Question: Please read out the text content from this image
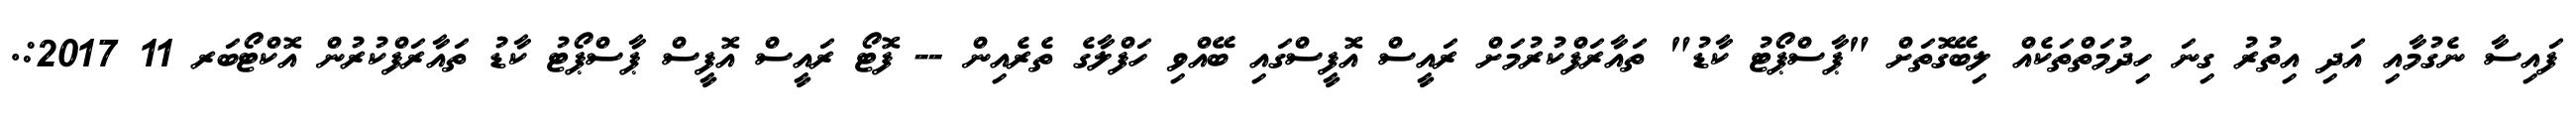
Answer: ފައިސާ ނެގުމާއި އަދި އިތުރު ގިނަ ހިދުމަތްތަކެއް ލިބޭގޮތަށް "ޕާސްޕޯޓު ކާޑު" ތައާރަފްކުރުމަށް ރައީސް އޮފީސްގައި ބޭއްވި ހަފްލާގެ ތެރެއިން -- ފޮޓޯ ރައީސް އޮފީސް ޕާސްޕޯޓު ކާޑު ތައާރަފްކުރުން އޮކްޓޯބަރ 11 2017:.